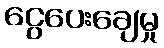
ငွေပေးချေမှု